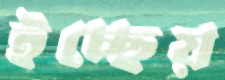
ইচ্ছেয়